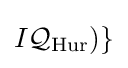
I{\mathcal {Q}}_{\mathrm {Hur} })\}